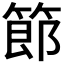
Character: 𫂉